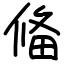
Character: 偹